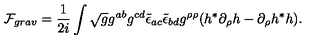
{ \cal F } _ { g r a v } = \frac { 1 } { 2 i } \int \sqrt { g } g ^ { a b } g ^ { c d } \tilde { \epsilon } _ { a c } \tilde { \epsilon } _ { b d } g ^ { \rho \rho } ( h ^ { * } \partial _ { \rho } h - \partial _ { \rho } h ^ { * } h ) .